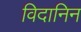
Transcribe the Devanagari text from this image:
विदानिन